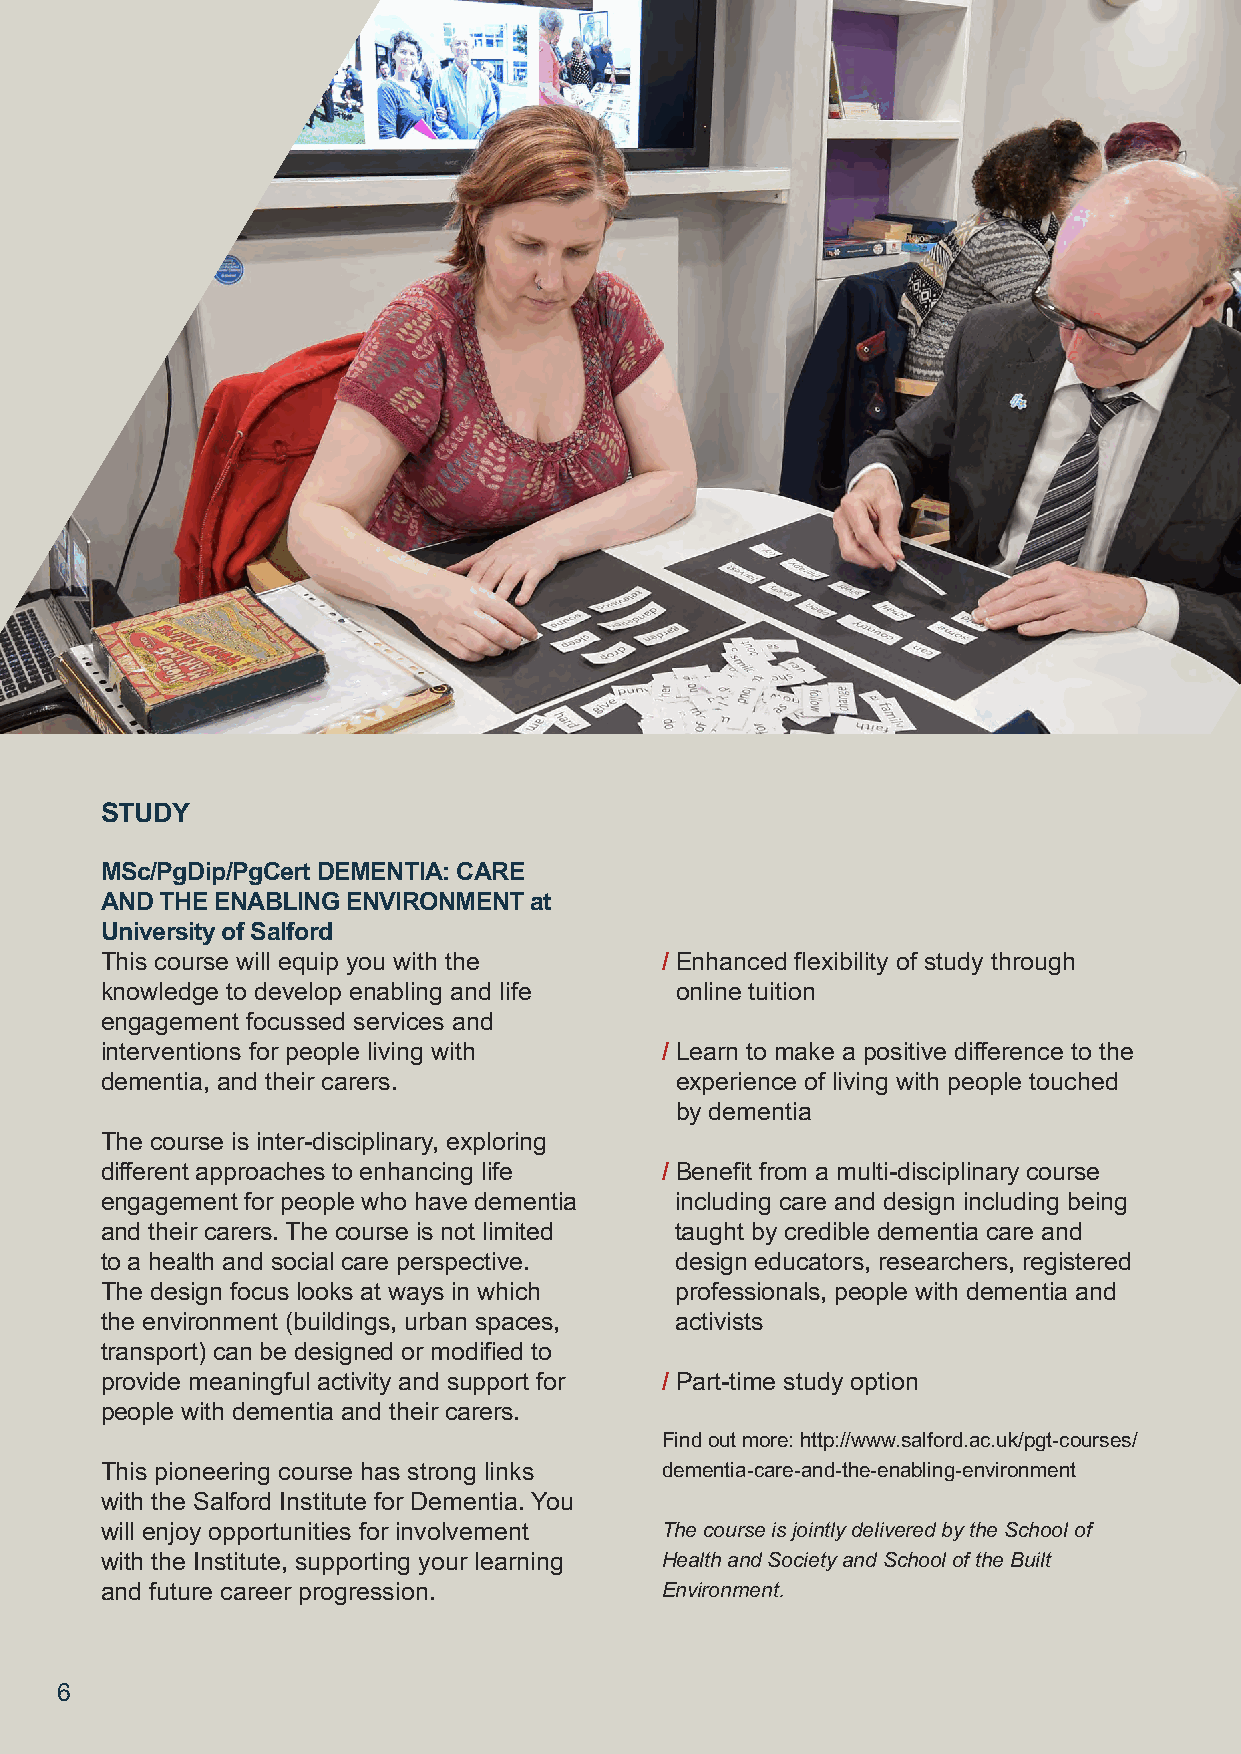
STUDY
 MSc/PgDip/PgCert DEMENTIA: CARE
 AND THE ENABLING ENVIRONMENT at
 University of Salford
 This course will equip you with the  / Enhanced flexibility of study through
 knowledge to develop enabling and life online tuition
 engagement focussed services and
 interventions for people living with / Learn to make a positive difference to the
 dementia, and their carers.           experience of living with people touched
 by dementia
 The course is inter-disciplinary, exploring
 different approaches to enhancing life / Benefit from a multi-disciplinary course
 engagement for people who have dementia including care and design including being
 and their carers. The course is not limited taught by credible dementia care and
 to a health and social care perspective. design educators, researchers, registered
 The design focus looks at ways in which professionals, people with dementia and
 the environment (buildings, urban spaces, activists
 transport) can be designed or modified to
 provide meaningful activity and support for / Part-time study option
 people with dementia and their carers.
 Find out more: http://www.salford.ac.uk/pgt-courses/
 This pioneering course has strong links dementia-care-and-the-enabling-environment
 with the Salford Institute for Dementia. You
 will enjoy opportunities for involvement The course is jointly delivered by the School of
 with the Institute, supporting your learning Health and Society and School of the Built
 and future career progression.       Environment.
 6